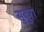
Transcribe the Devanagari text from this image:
सुबुरा